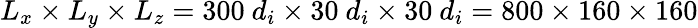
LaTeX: L_{x}\times L_{y}\times L_{z}=300~d_{i}\times 30~d_{i}\times 30~d_{i}=800\times 160\times 160